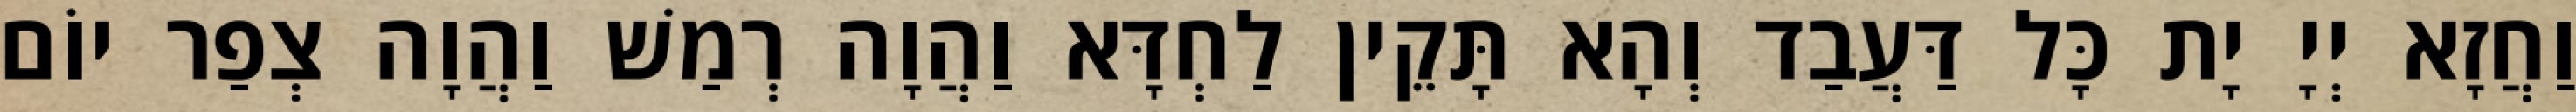
וַחֲזָא יְיָ יָת כָּל דַּעֲבַד וְהָא תָּקֵין לַחְדָּא וַהֲוָה רְמַשׁ וַהֲוָה צְפַר יוֹם